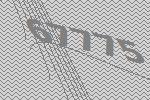
67775